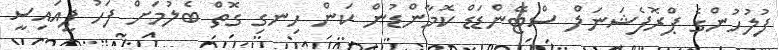
ފުލުހުންގެ ޕްރޮފެޝަނަލް ސްޓޭންޑަޑް ކޮމާންޑުން ކަން ހިނގި ގޮތް ބެލުމަށް ފަހު ޕީއައިސީ